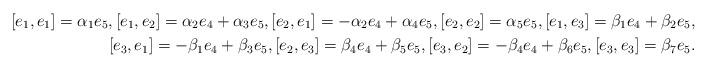
LaTeX: \begin{align*}[e_1, e_1]=\alpha_1e_5, [e_1, e_2]=\alpha_2e_4+ \alpha_3e_5, [e_2, e_1]=-\alpha_2e_4+\alpha_4e_5, [e_2, e_2]=\alpha_5e_5, [e_1, e_3]=\beta_1e_4+\beta_2e_5, \\ [e_3, e_1]=-\beta_1e_4+\beta_3e_5, [e_2, e_3]=\beta_4e_4+\beta_5e_5, [e_3, e_2]=-\beta_4e_4+\beta_6e_5, [e_3, e_3]=\beta_7e_5.\end{align*}